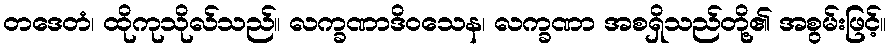
တဒေတံ၊ ထိုကုသိုလ်သည်။ လက္ခဏာဒိဝသေန၊ လက္ခဏာ အစရှိသည်တို့၏ အစွမ်းဖြင့်။